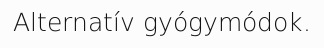
Alternatív gyógymódok.